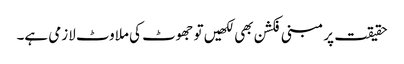
حقیقت پر مبنی فکشن بھی لکھیں تو جھوٹ کی ملاوٹ لازمی ہے۔